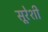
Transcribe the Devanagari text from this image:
सूरेशी